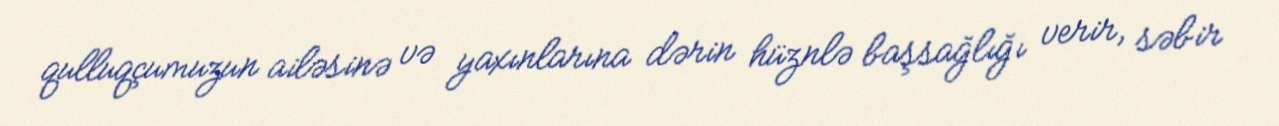
qulluqçumuzun ailəsinə və yaxınlarına dərin hüznlə başsağlığı verir, səbir